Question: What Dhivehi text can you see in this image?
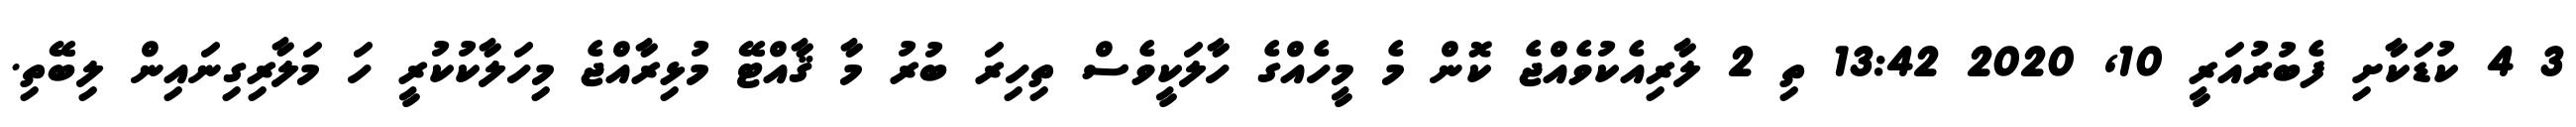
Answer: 3 4 ކުޑަކާށި ފެބުރުއަރީ 10, 2020 13:42 ތި 2 ލާރިއެކުވެއްޖެ ކޮން މެ މީހެއްގެ ހާލަކީވެސް ތިހިރަ ބުރު މާ ޤާއްޓޭ މުޅިރާއްޖެ މިހަލާކުކުރީ ހަ މަލާރިގިނައިން ލިބޭތި.